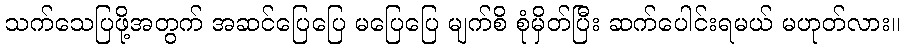
သက်သေပြဖို့အတွက် အဆင်ပြေပြေ မပြေပြေ မျက်စိ စုံမှိတ်ပြီး ဆက်ပေါင်းရမယ် မဟုတ်လား။